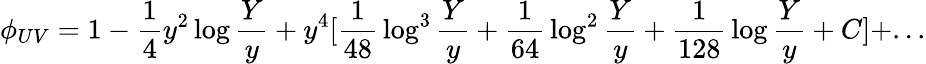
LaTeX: \phi_{UV}=1-{\frac{1}{4}}y^{2}\log{\frac{Y}{y}}+y^{4}[{\frac{1}{48}}\log^{3}{\frac{Y}{y}}+{\frac{1}{64}}\log^{2}{\frac{Y}{y}}+{\frac{1}{128}}\log{\frac{Y}{y}}+C]+...